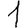
Digit: 1